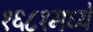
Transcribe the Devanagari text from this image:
१६८१मध्ये